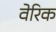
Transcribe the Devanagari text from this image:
वेरिक